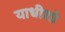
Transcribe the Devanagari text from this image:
याधीशो